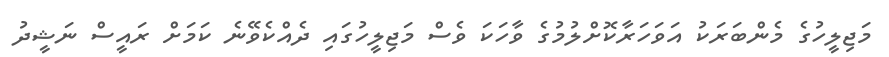
މަޖިލީހުގެ މެންބަރަކު އަވަހަރާކޮށްލުމުގެ ވާހަކަ ވެސް މަޖިލީހުގައި ދެއްކެވޭނެ ކަމަށް ރައީސް ނަޝީދު